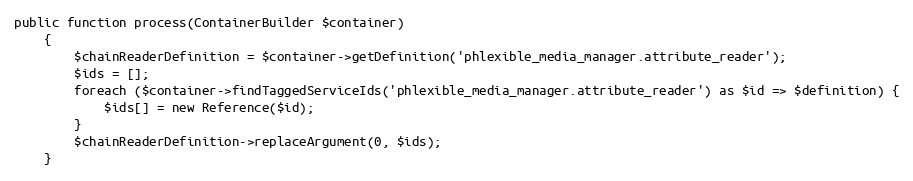
Language: PHP
public function process(ContainerBuilder $container)
    {
        $chainReaderDefinition = $container->getDefinition('phlexible_media_manager.attribute_reader');
        $ids = [];
        foreach ($container->findTaggedServiceIds('phlexible_media_manager.attribute_reader') as $id => $definition) {
            $ids[] = new Reference($id);
        }
        $chainReaderDefinition->replaceArgument(0, $ids);
    }